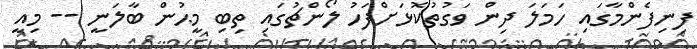
ފިނިފެންމާގައި ހަމަލަ ދިން ވަގުތުކޮޅަށްފަހު ލޯންޗުގައި ތިބި މީޙުން ބާލަނީ -- މިއީ